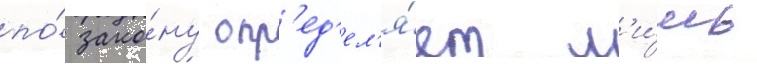
по́ зако́ну опр'ед'ел'я́ет л'и́шь